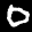
Label: 0